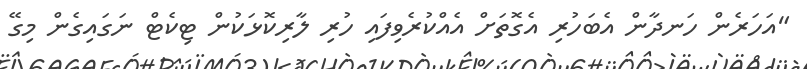
"އަހަރެން ހަނދާން އެބަހުރި އެގޮތަށް އެއްކުރެވިފައި ހުރި ލާރިކޮޅަކުން ޓިކެޓް ނަގައިގެން މިގޭ